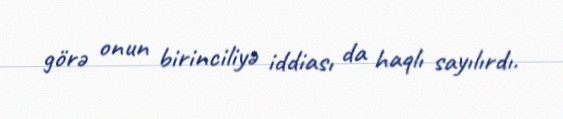
görə onun birinciliyə iddiası da haqlı sayılırdı.